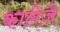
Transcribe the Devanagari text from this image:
कालेजे